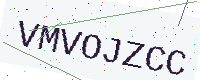
Text: VMVOJZCC